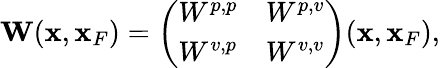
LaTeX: \begin{array}{r}{{\mathbf W}({\mathbf x},{\mathbf x}_{F})=\left(\begin{array}{ll}{W^{p,p}}&{W^{p,v}}\\ {W^{v,p}}&{W^{v,v}}\end{array}\right)({\mathbf x},{\mathbf x}_{F}),}\end{array}